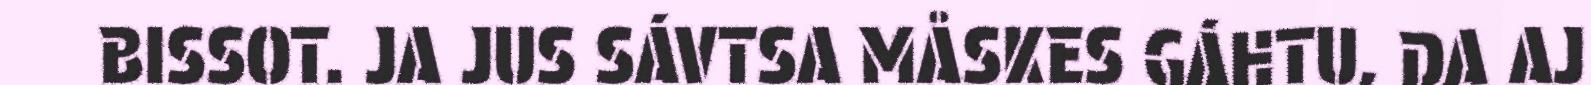
BISSOT. JA JUS SÁVTSA MÅSKES GÁHTU, DA AJ